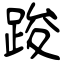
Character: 踆